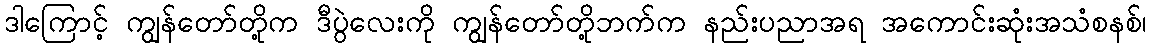
ဒါကြောင့် ကျွန်တော်တို့က ဒီပွဲလေးကို ကျွန်တော်တို့ဘက်က နည်းပညာအရ အကောင်းဆုံးအသံစနစ်၊